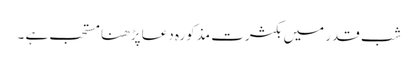
شبِ قدر میں بکثرت مذکورہ دعا پڑھنا مستحب ہے ۔